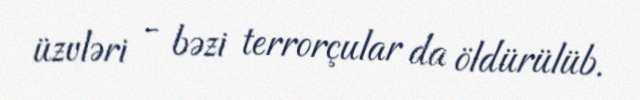
üzvləri - bəzi terrorçular da öldürülüb.